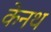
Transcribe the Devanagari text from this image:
केनथ